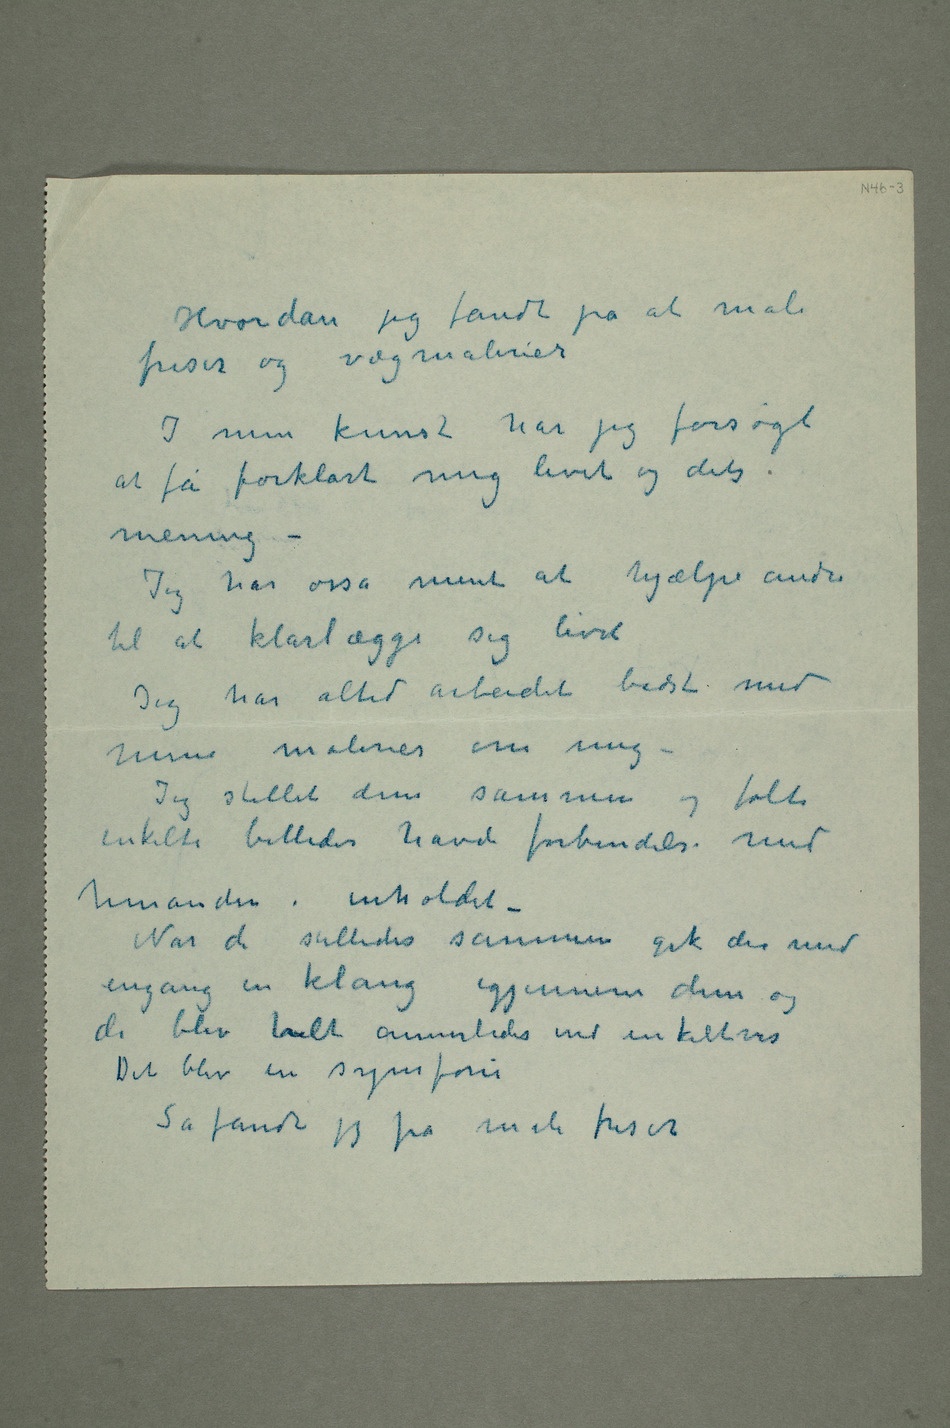
Hvordan jeg fandt på at male
friser og vægmalerier
I min kunst har jeg forsøgt
at få forklart mig livet og dets
mening
– Jeg har osså ment at hjælpe andre
til at klarlægge sig livet
Jeg har altid arbeidet bedst med
mine malerier om mig –
Jeg stillet dem sammen og følte
enkelte billeder havde forbindelse med
hverandre i inholdet –
Når de stilledes sammen gik der med
engang en klang igjennem dem og
de blev helt annerledes end enkeltvis
Det blev en symfoni
Så fandt jeg på male friser